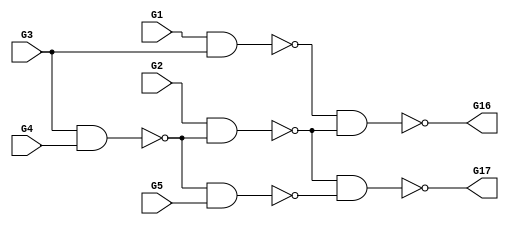
// This program was cloned from: https://github.com/scale-lab/BLASYS
// License: BSD 3-Clause "New" or "Revised" License

module c17(G1,G2,G3,G4,G5,G16,G17);
input G1,G2,G3,G4,G5;
output G16,G17;

  wire G8,G9,G12,G15;

  nand NAND2_0(G8,G1,G3);
  nand NAND2_1(G9,G3,G4);
  nand NAND2_2(G12,G2,G9);
  nand NAND2_3(G15,G9,G5);
  nand NAND2_4(G16,G8,G12);
  nand NAND2_5(G17,G12,G15);

endmodule